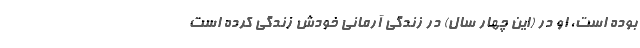
بوده است، او در (این چهار سال) در زندگی آرمانی خودش زندگی کرده است